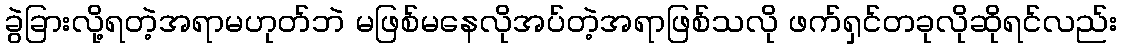
ခွဲခြားလို့ရတဲ့အရာမဟုတ်ဘဲ မဖြစ်မနေလိုအပ်တဲ့အရာဖြစ်သလို ဖက်ရှင်တခုလိုဆိုရင်လည်း